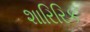
શારિરિક